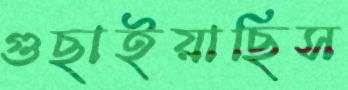
গুছাইয়াছিস